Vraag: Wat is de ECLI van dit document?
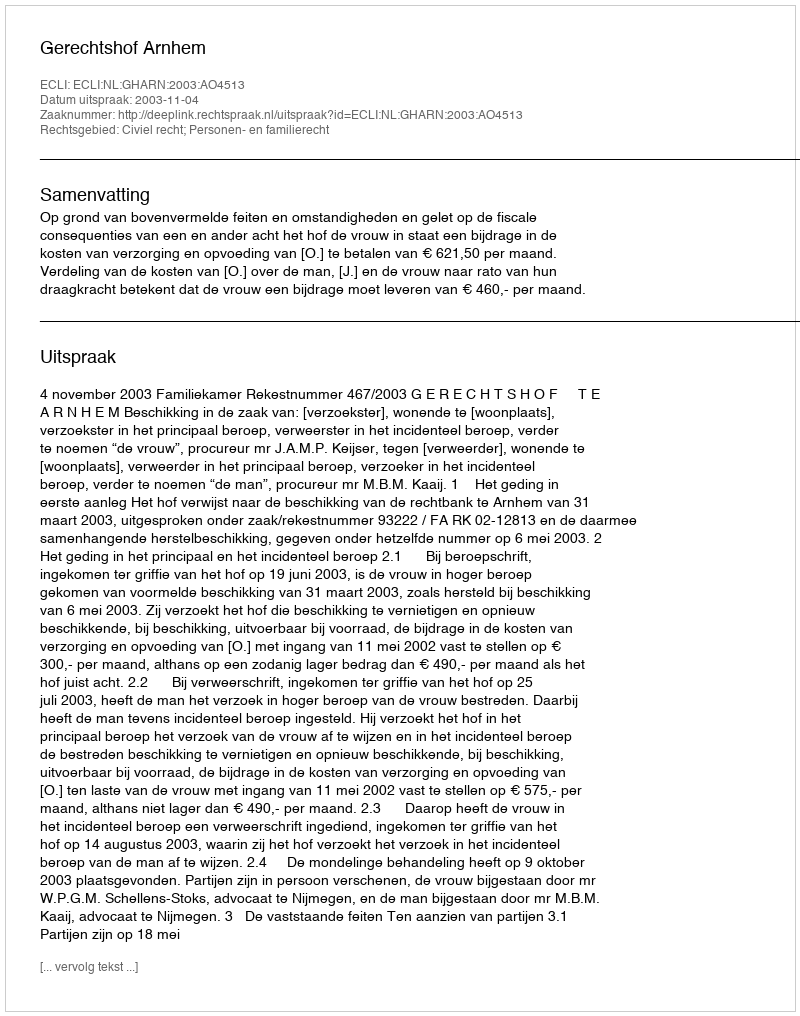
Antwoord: ECLI:NL:GHARN:2003:AO4513